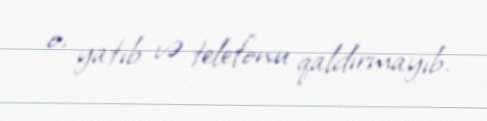
o, yatıb və telefonu qaldırmayıb.